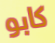
كابو